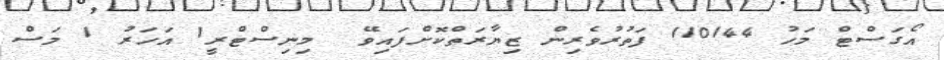
އޯގަސްޓް މަހު 110144 ފަތުރުވެރިން ޒިޔާރަތްކޮށްފައިވޭ  މިނިސްޓްރީ1 އަހަރު 1 މަސް